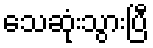
သေဆုံးသွားပြီ